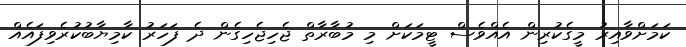
ކަމަށްވާއިރު މީގެކުރިން އެއްވެސް ޓީމަކަށް މި މުބާރާތް ޖެހިޖެހިގެން ދެ ފަހަރު ކާމިޔާބުކުރެވިފައެއް